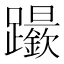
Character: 𨇬